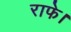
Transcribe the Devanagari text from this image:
राफे।